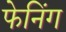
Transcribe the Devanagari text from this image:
फेनिंग